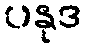
ပနုဒ